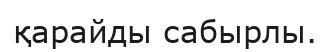
қарайды сабырлы.